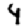
Digit: 4